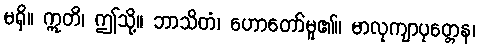
မရှိ။ ဣတိ၊ ဤသို့။ ဘာသိတံ၊ ဟောတော်မူ၏။ မာလုကျာပုတ္တေန၊